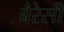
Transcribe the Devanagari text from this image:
बैरेसी